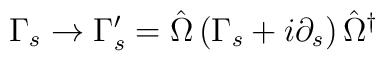
\Gamma_s \rightarrow \Gamma_s^\prime = \hat{\Omega} \left( \Gamma_s + i \partial_s \right) \hat{\Omega}^\dagger